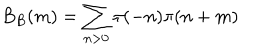
B _ { B } ( m ) = \sum _ { n > 0 } \pi ( - n ) \pi ( n + m )